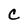
Character: C